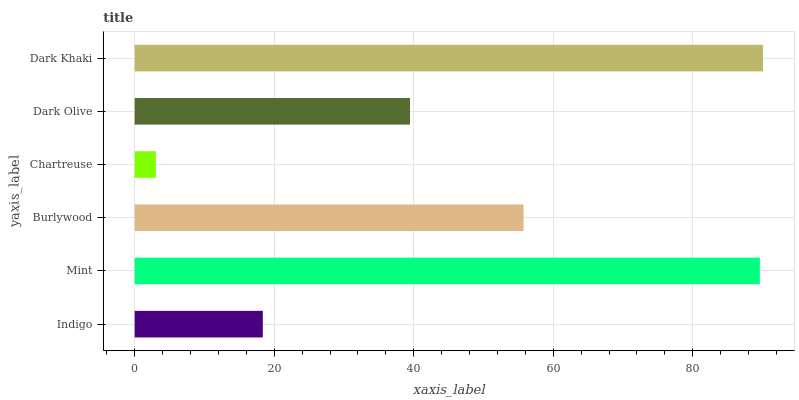
| yaxis_label | bars |
 | --- | --- |
 | Indigo | 18.4 |
 | Mint | 89.6 |
 | Burlywood | 55.7 |
 | Chartreuse | 3.04 |
 | Dark Olive | 39.5 |
 | Dark Khaki | 90.1 |